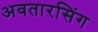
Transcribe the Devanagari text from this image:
अवतारसिंग